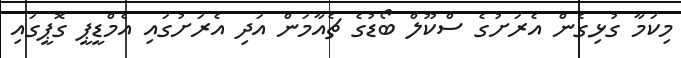
މިކަމާ ގުޅިގެން އެރަށުގެ ސްކޫލް ބޯޑުގެ ޗެއާމަން އަދި އެރަށުގައި އެމްޑީޕީ ގޮޕީގައި